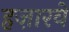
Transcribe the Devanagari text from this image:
हज़ारवे